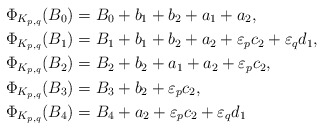
\begin{align*}\Phi_{K_{p,q}}(B_0) &= B_0 + b_1 + b_2 + a_1 + a_2, \\\Phi_{K_{p,q}}(B_1) &= B_1 + b_1 + b_2 + a_2 + \varepsilon_p c_2 + \varepsilon_q d_1, \\\Phi_{K_{p,q}}(B_2) &= B_2 + b_2 + a_1 + a_2 + \varepsilon_p c_2, \\\Phi_{K_{p,q}}(B_3) &= B_3 + b_2 + \varepsilon_p c_2, \\\Phi_{K_{p,q}}(B_4) &= B_4 + a_2 + \varepsilon_p c_2 + \varepsilon_q d_1\end{align*}